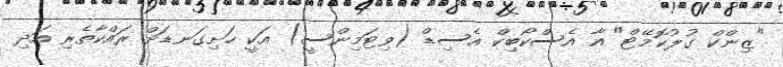
"ޒިންކް ގުލުކޮމޭޓް" އާ އެސްކޯބިކް އެސިޑް (ވިޓަމިންސީ) އަކީ ހަށިގަނޑަށް ރައްކާތެރި އަދި